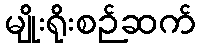
မျိုးရိုးစဉ်ဆက်